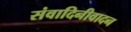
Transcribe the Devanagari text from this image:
संवादिनीवादन